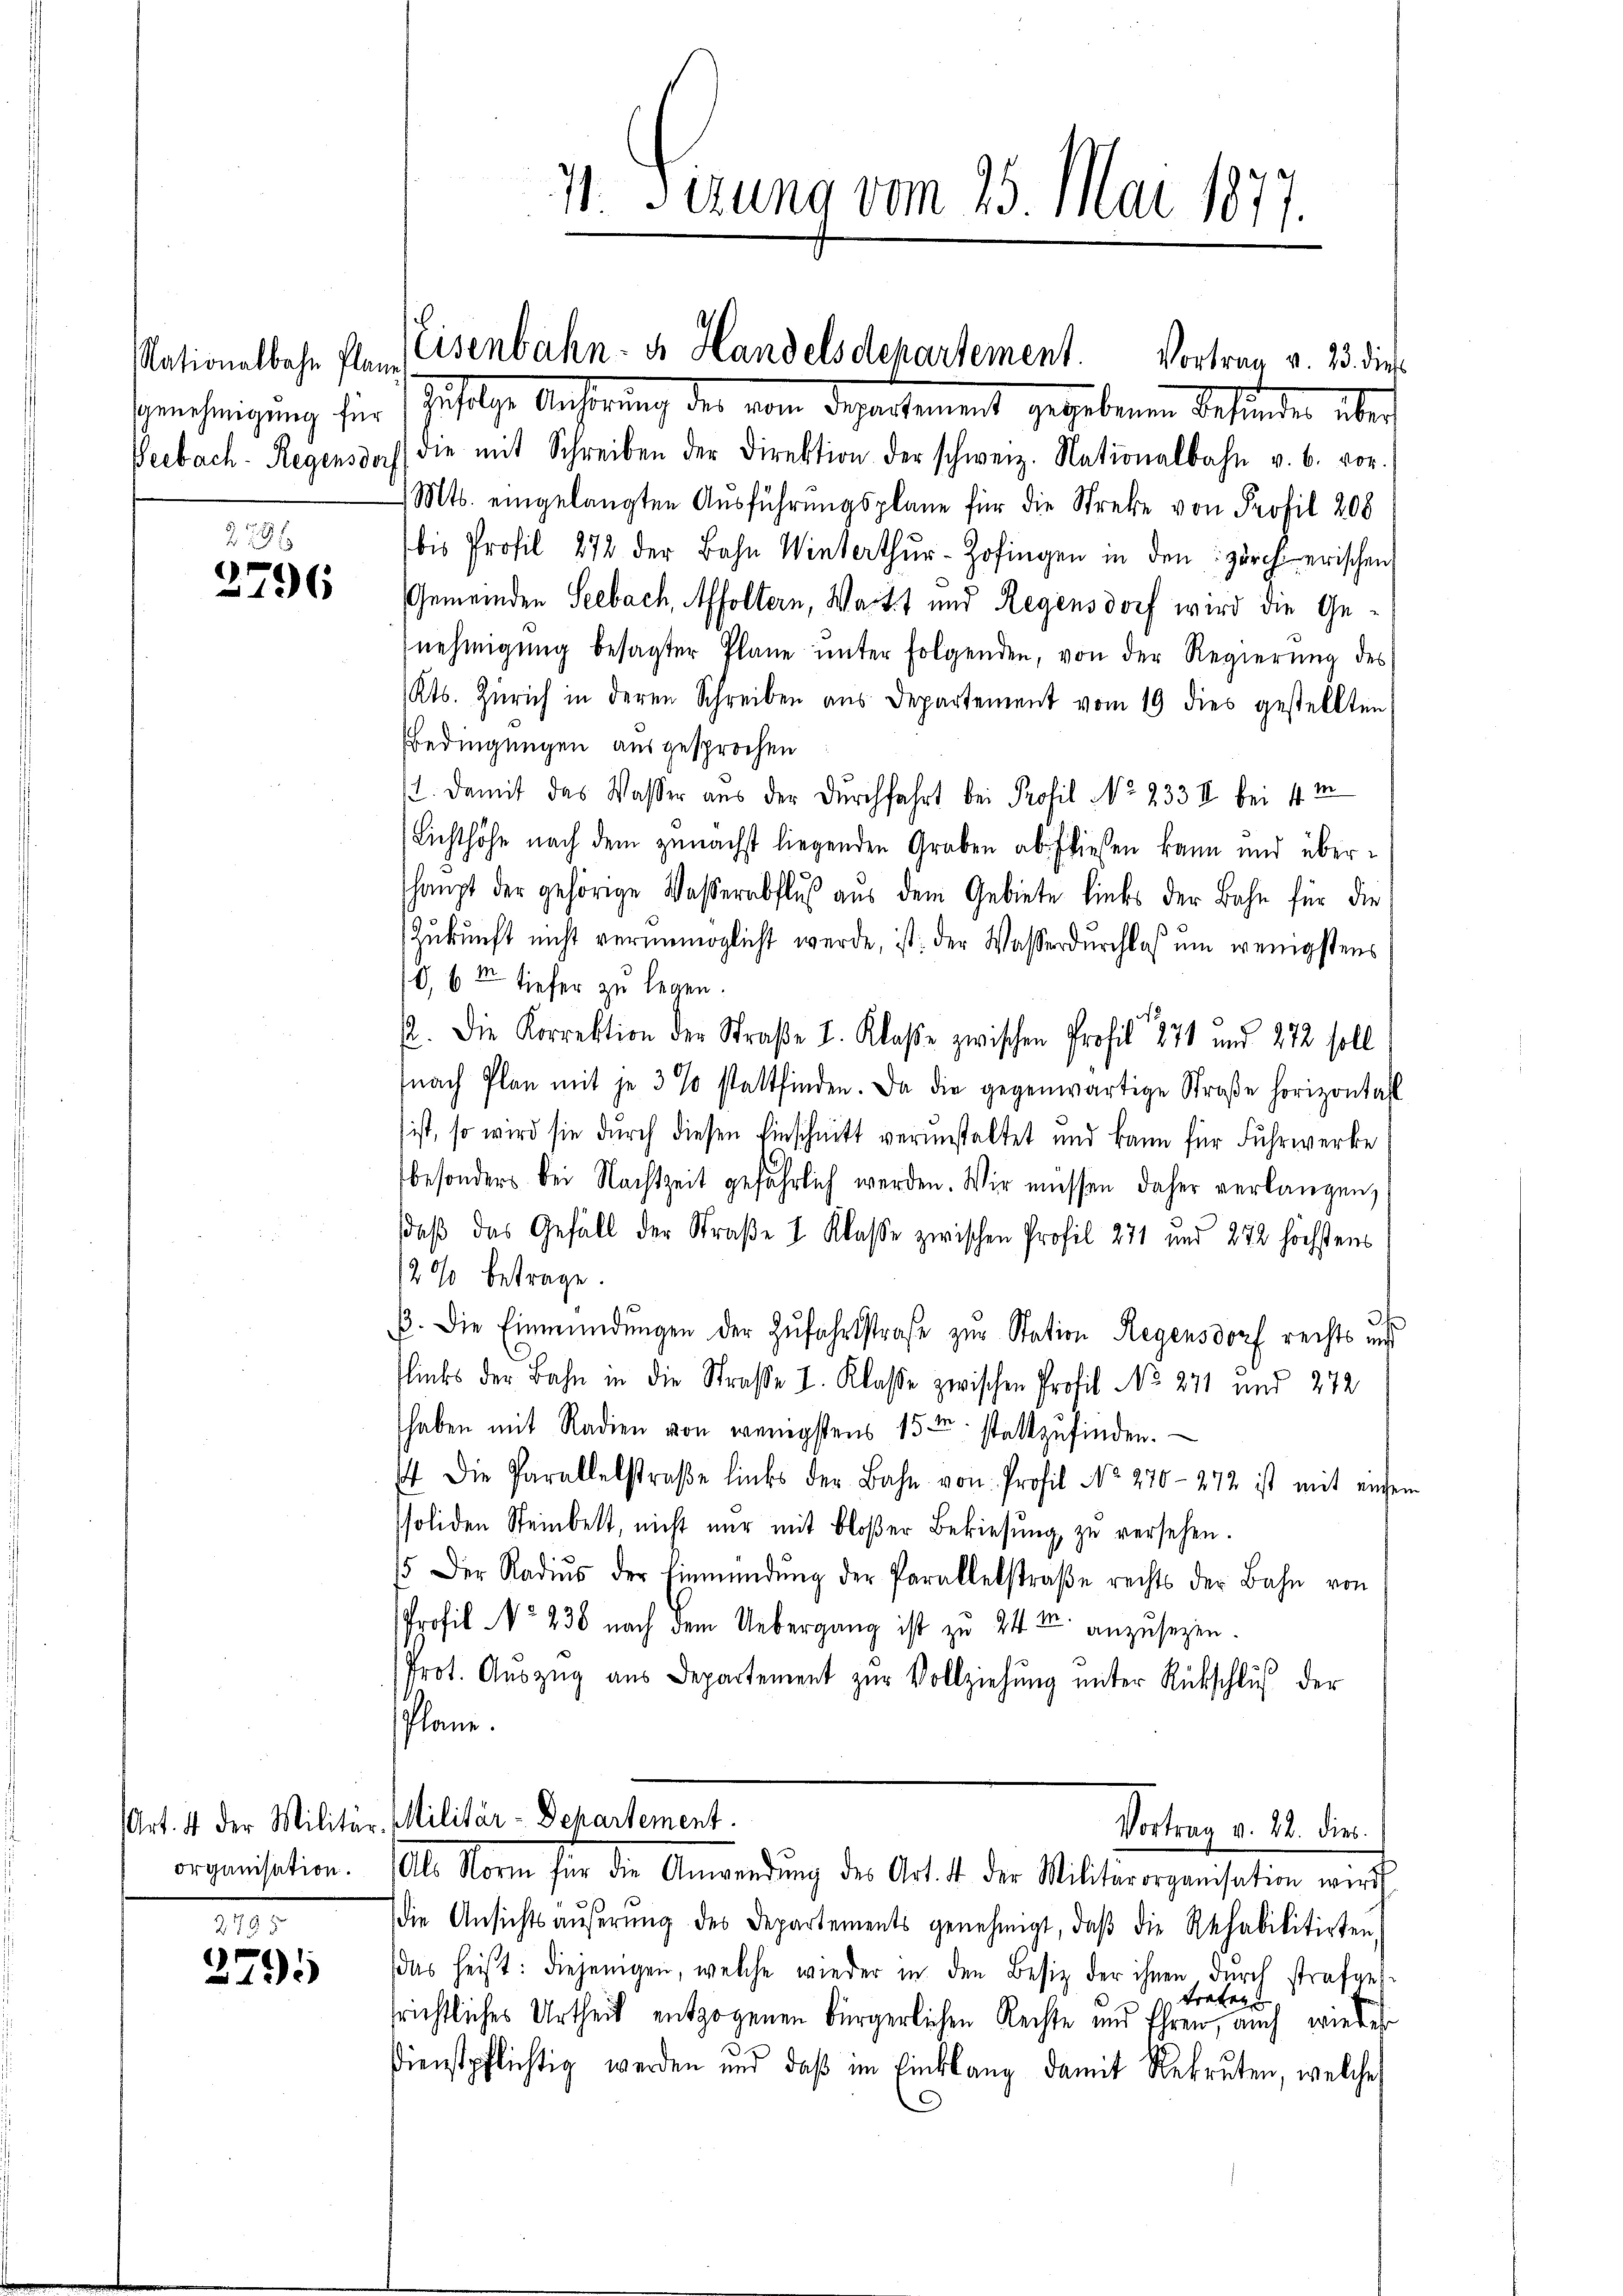
Ggenehmigung für

279
2796

organisation.

295
3795

Zufolge Anhörung der von Departement gegebenen Befinden über
Peebach- Regensdoch die mit Schreiben der Direktion der schweiz. Nationalbahn u. b. vor.
Mts. eingelangten Aŭsführŭngsplane für die Streke von Profil 208
bis Profil 272 der Bahn Winterthŭr-Zofingen in den zürcherischen
Gemeinden Seebach, Affoltern, Watt und Regensdorf wird die Genehmigung besagter Plane unter folgenden, von der Regierung des
Kts. Zürich in deren Schreiben aŭs Departement vom 19 dies gestellten
Bedingungen ausgesprochen
. Damit das Wasser aus der Durchfahrt bei Profil No 233 II bei 4 m
Lichthöhe nach dem zunächst liegenden Graben abfliesen kann und übershaupt der gehörige Waßerabfluß aus dem Gebiete links der Bahn für die
Zukunft nicht verunmöglicht werde, ist: der Wasserdurchlaß um wenigstens
0, 6 t tiefer zu legen.
ß. Die Korrektion der Straße I. Klaße zwischen Profil 1871 und 272 soll
fnach Plan mit je 3 % stattfinden. Da die gegenwärtige Straβe horizontall
ist, so wird sie durch diesen Einschnitt verunstaltet und kann für Fuhrwerke
besonders bei Nachtzeit gefährlich werden. Wir müssen daher verlangen,
daß das Gefäll der Straße I. Klasse zwischen Profil 271 und 272 höchstens
2% betrage.
ß. Die Einmündŭngen der Zŭfahrtstrafe zur Station Regensdorf rechts und
slinks der Bahn in die Straße I. Klasse zwischen Profil No 271 und 272
haben mit Radien von wenigstens 15ten stattzufinden.
f die Parallelstraβe links der Bahn von Profil No 270-272 ist mit enden
soliden Steinbett, nicht nur mit bloβer Bekiesung, zŭ versehen.
15. Der Radiŭs der Einmündŭng der Parallelstraβe rechts der Bahn von
Profil No 238 nach dem Uebergang ist zu 24 t anzusezen.
Prot. Aŭszŭg aŭs Departement zŭr Vollziehŭng ŭnter Rückschluß der
Plane.

die Ansichts aŭβerŭng des Departements genehmigt, daβ die Rehabilitirten,
das heißt: diejenigen, welche wieder in den Besiz der ihnen durch strafges-
Fr
e
srichtliches Urtheil entzogenen bürgerlichen Rechte und Ehren, auch wieder
5.
Dienstpflichtig werden und daß im Einklang damit Rekruten, welche

4t Ferung vom 25. Mai 1877.

Nationalbahn Plan Eisenbahn- u. Handelsdepartement. Vortrag v. 23. dies

Art. 4 der Militär-Militär-Departement.
Vortrag v. 22. dies
Al. Norm für die Anwendung des Art. 4 der Militärorganisation wurd